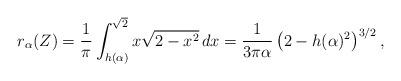
LaTeX: \begin{align*}r_\alpha(Z)=\frac{1}{\pi} \int_{h(\alpha)}^{\sqrt{2}}x\sqrt{2-x^2}\,dx=\frac{1}{3\pi\alpha}\left(2-h(\alpha)^2\right)^{3/2},\end{align*}